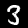
Label: 3